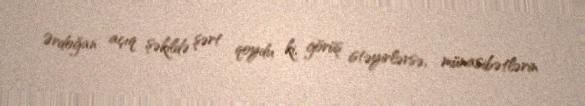
Ərdoğan açıq şəkildə şərt qoydu ki, görüş istəyirlərsə, münasibətlərin